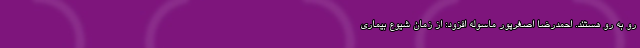
رو به رو هستند. احمدرضا اصغرپور ماسوله افزود: از زمان شیوع بیماری